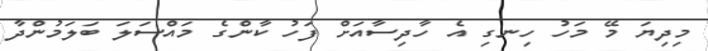
މިދިޔަ މޭ މަހު ހިނގި އެ ހާދިސާއަށް ފަހު ކާންގެ މައްސަލަ ބަލަމުންދާ